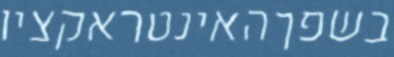
בשפךהאינטראקציו